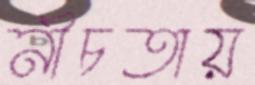
নীচতায়